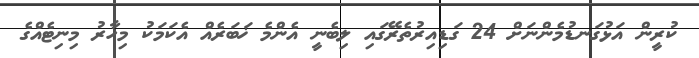
ކުރީން އަޅުގަނޑުމެންނަށް 24 ގަޑިއިރުތެރޭގައި ލިބެނީ އެންމެ ޚަބަރެއް އެކަމަކު މިހާރު މިނިޓެއްގެ